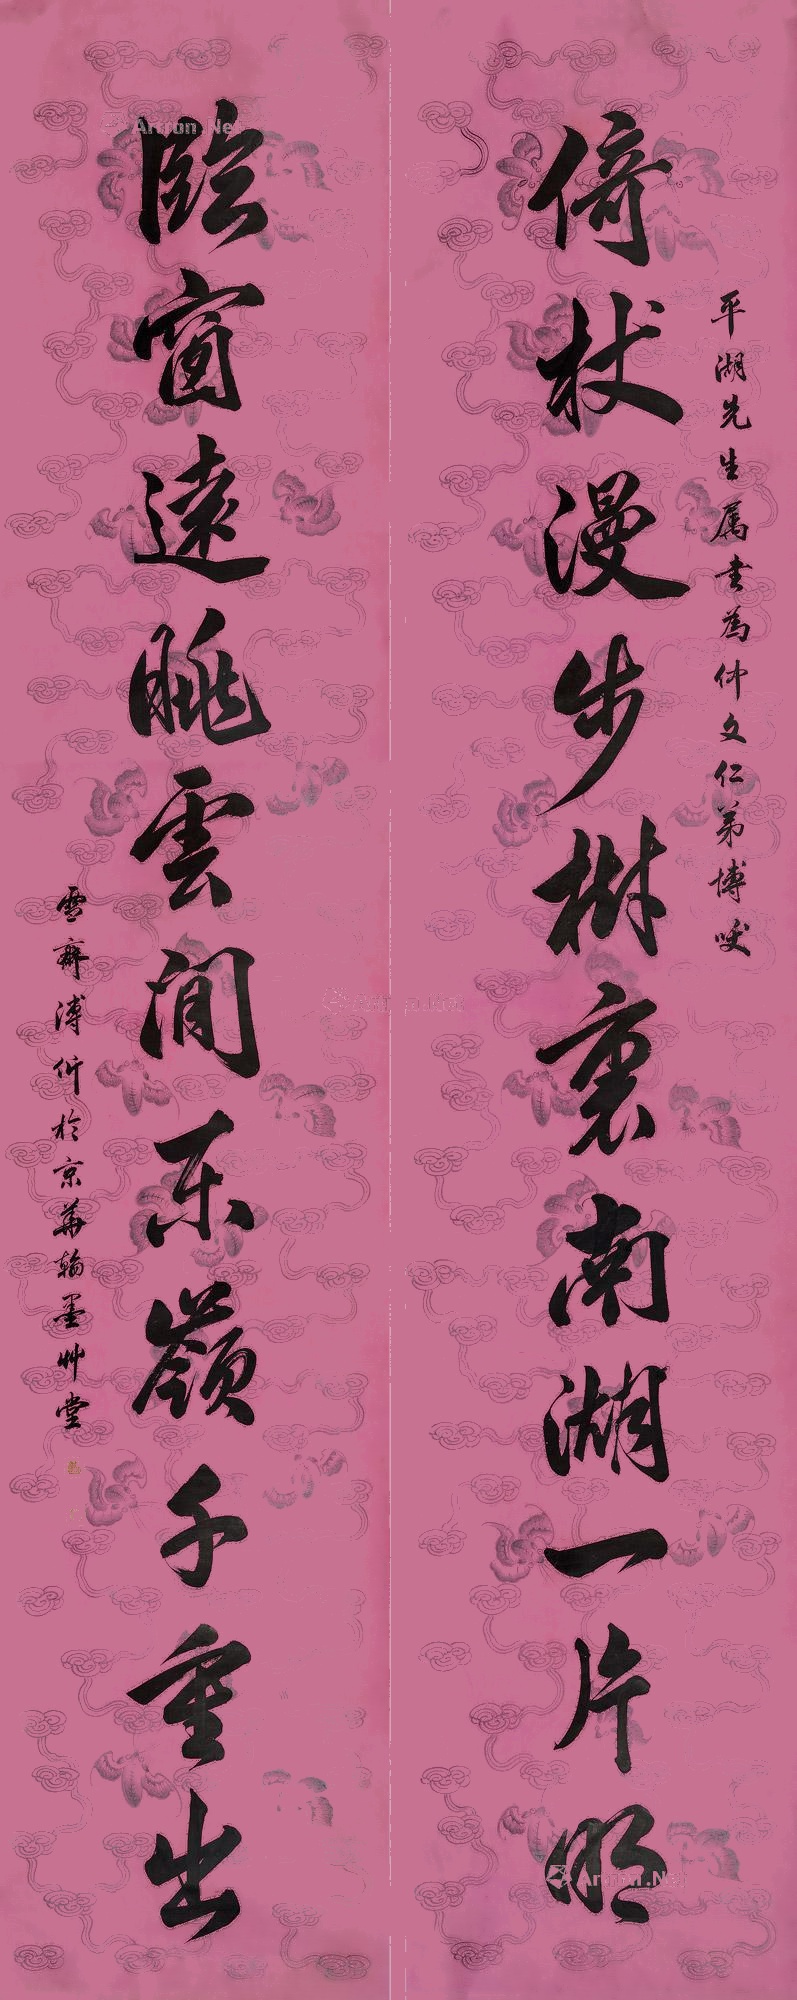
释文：依杖漫步树里南湖一片明，临窗远眺云间东岭千重山。平湖先生属书为仲文仁弟博粲，雪斋溥伒于京华翰墨草堂。